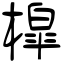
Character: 槹